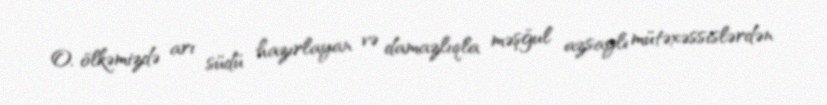
O, ölkəmizdə arı südü hazırlayan və damazlıqla məşğul azsaylı mütəxəssislərdən